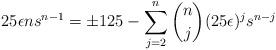
LaTeX: \begin{align*} 25\epsilon ns^{n-1} = \pm 125 - \sum_{j=2}^{n} \binom{n}{j}(25\epsilon)^js^{n-j}\end{align*}